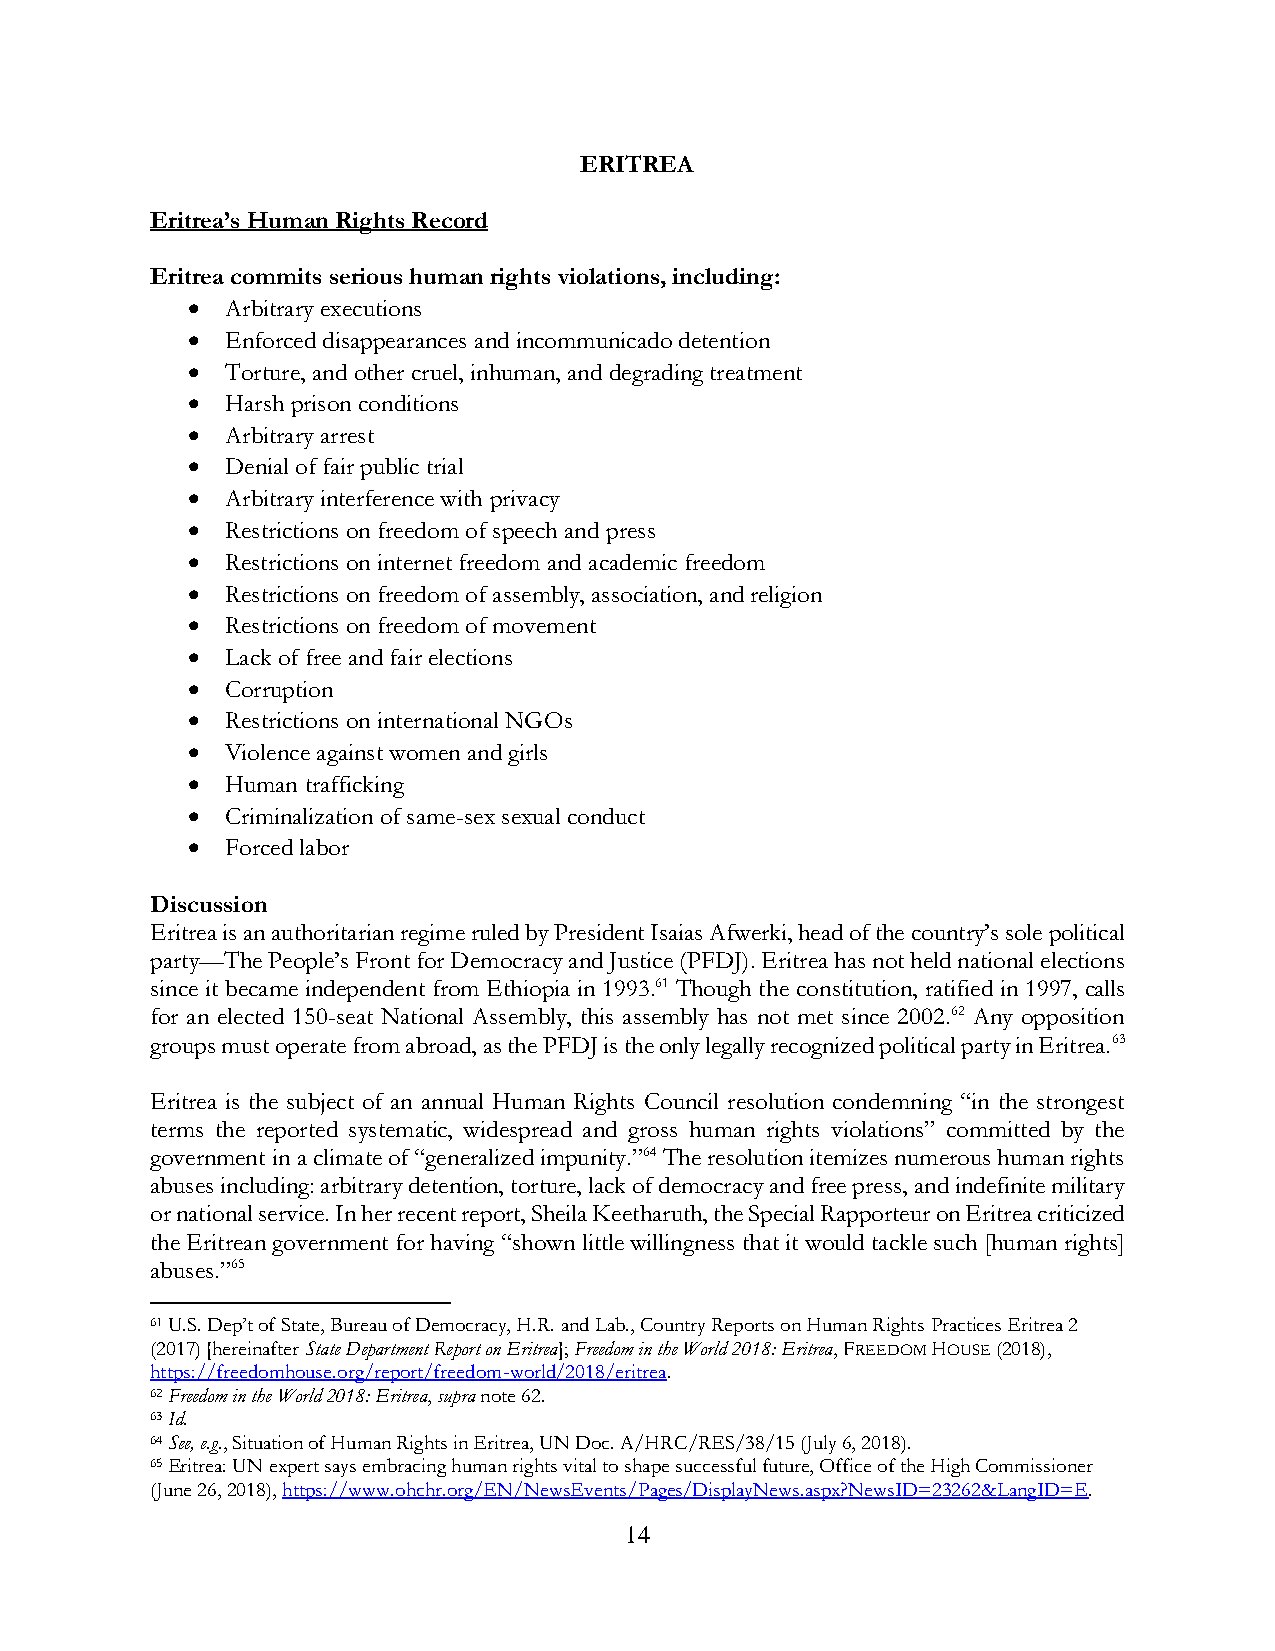
ERITREA
 Eritrea’s Human Rights Record
 Eritrea commits serious human rights violations, including:
 •  Arbitrary executions
 •  Enforced disappearances and incommunicado detention
 •  Torture, and other cruel, inhuman, and degrading treatment
 •  Harsh prison conditions
 •  Arbitrary arrest
 •  Denial of fair public trial
 •  Arbitrary interference with privacy
 •  Restrictions on freedom of speech and press
 •  Restrictions on internet freedom and academic freedom
 •  Restrictions on freedom of assembly, association, and religion
 •  Restrictions on freedom of movement
 •  Lack of free and fair elections
 •  Corruption
 •  Restrictions on international NGOs
 •  Violence against women and girls
 •  Human trafficking
 •  Criminalization of same-sex sexual conduct
 •  Forced labor
 Discussion
 Eritrea is an authoritarian regime ruled by President Isaias Afwerki, head of the country’s sole political
 party—The People’s Front for Democracy and Justice (PFDJ). Eritrea has not held national elections
 since it became independent from Ethiopia in 1993.61 Though the constitution, ratified in 1997, calls
 for an elected 150-seat National Assembly, this assembly has not met since 2002.62 Any opposition
 groups must operate from abroad, as the PFDJ is the only legally recognized political party in Eritrea.63
 Eritrea is the subject of an annual Human Rights Council resolution condemning “in the strongest
 terms the reported systematic, widespread and gross human rights violations” committed by the
 government in a climate of “generalized impunity.”64 The resolution itemizes numerous human rights
 abuses including: arbitrary detention, torture, lack of democracy and free press, and indefinite military
 or national service. In her recent report, Sheila Keetharuth, the Special Rapporteur on Eritrea criticized
 the Eritrean government for having “shown little willingness that it would tackle such [human rights]
 abuses.”65
 61 U.S. Dep’t of State, Bureau of Democracy, H.R. and Lab., Country Reports on Human Rights Practices Eritrea 2
 (2017) [hereinafter State Department Report on Eritrea]; Freedom in the World 2018: Eritrea, FREEDOM HOUSE (2018),
 https://freedomhouse.org/report/freedom-world/2018/eritrea.
 62 Freedom in the World 2018: Eritrea, supra note 62.
 63 Id.
 64 See, e.g., Situation of Human Rights in Eritrea, UN Doc. A/HRC/RES/38/15 (July 6, 2018).
 65 Eritrea: UN expert says embracing human rights vital to shape successful future, Office of the High Commissioner
 (June 26, 2018), https://www.ohchr.org/EN/NewsEvents/Pages/DisplayNews.aspx?NewsID=23262&LangID=E.
 14